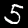
Label: 5